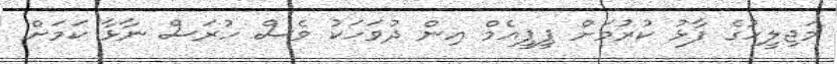
މަޖިލީހުގެ ފާޅު ކުރުމަށް ޕީޕީއެމް އިން ދުވަހަކު ވެސް ހުރަސް ނާޅާ ކަމަށް